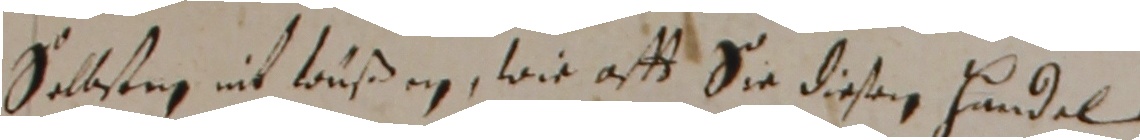
sellstng nit wußen, wie aff sie disen hundel